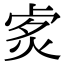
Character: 𤈭